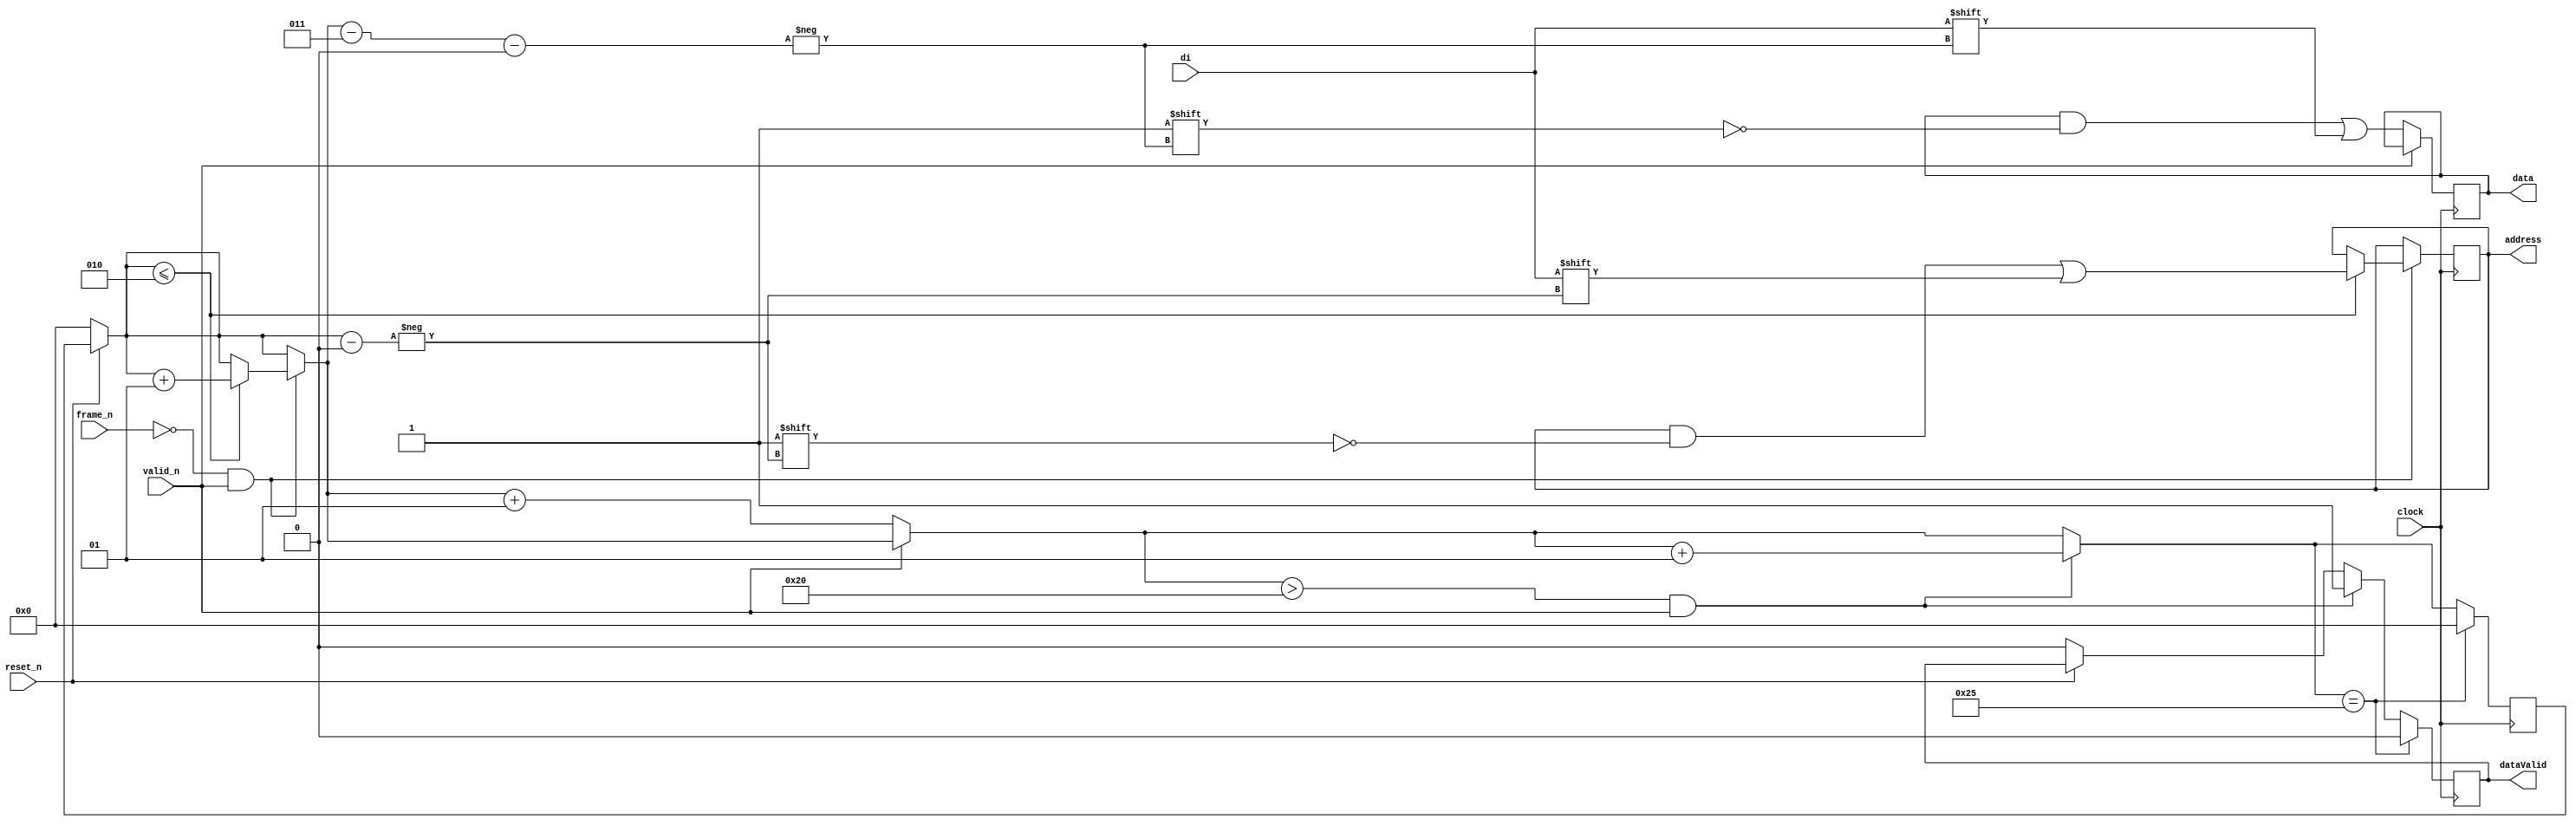
`timescale 1ns/1ps

module ingress (
    input reset_n, clock, 
    input frame_n,valid_n,di, 
    output reg [2:0] address, 
    output reg [31:0] data,
    output reg dataValid
);
    // ingress module to parse incoming serial data into address and data payload
    integer count; 

    // or negedge reset_n
    always @ (posedge clock) begin
        if(!reset_n) begin 
            count = 0;
            dataValid <= 0; 
        end

        if(!frame_n && valid_n) begin 
            if(count <= 2) begin 
                address[count] <= di; 
                count = count + 1; 
            end
        end

        if(!valid_n) begin 
            data[count - 3] <= di; 
            count = count + 1; 
        end

        if(count > 32 && valid_n) begin 
            dataValid <= 1'b1; 
            count = count + 1; 
        end

        if(count == 37) begin 
            dataValid <= 1'b0;
            count = 0;  
        end
    end
endmodule